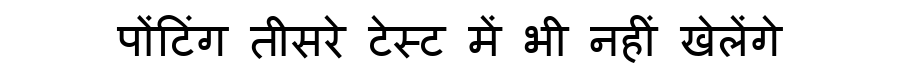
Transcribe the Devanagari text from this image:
पोंटिंग तीसरे टेस्ट में भी नहीं खेलेंगे